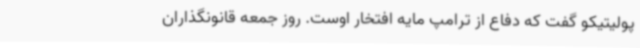
پولیتیکو گفت که دفاع از ترامپ مایه افتخار اوست. روز جمعه قانونگذاران